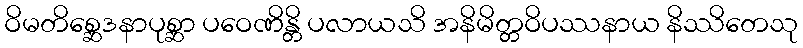
ဝိမတိစ္ဆေဒနာပုစ္ဆာ ပဝေဏိန္တိ ပလာယသိ အနိမိတ္တဝိပဿနာယ နိဿိတေသု